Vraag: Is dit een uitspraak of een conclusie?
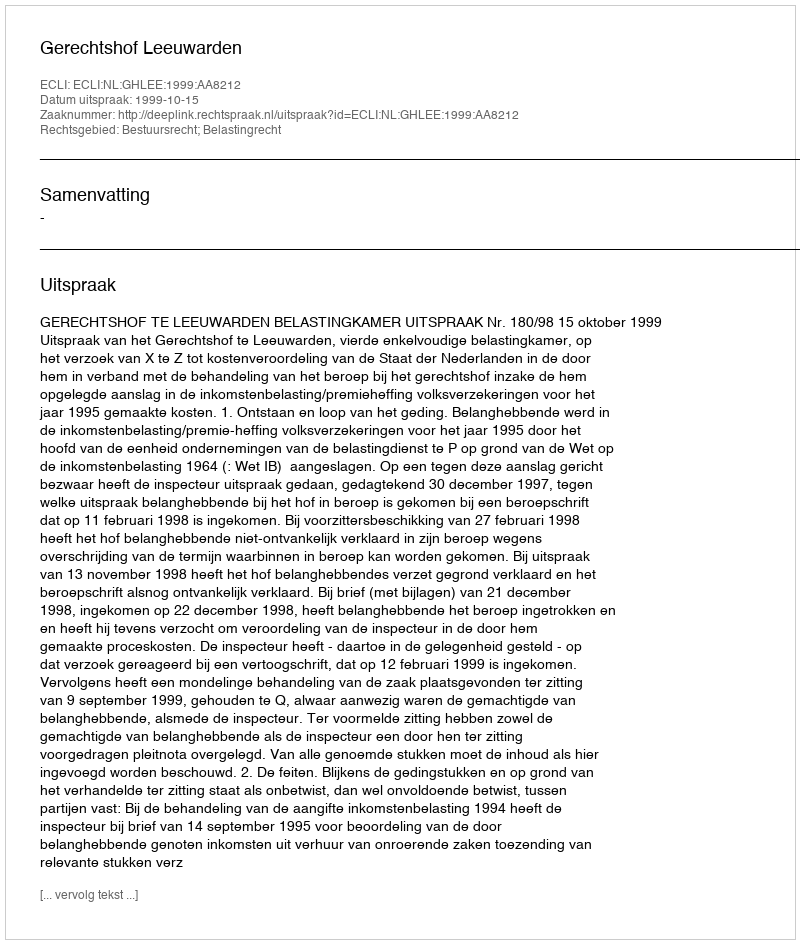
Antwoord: Uitspraak